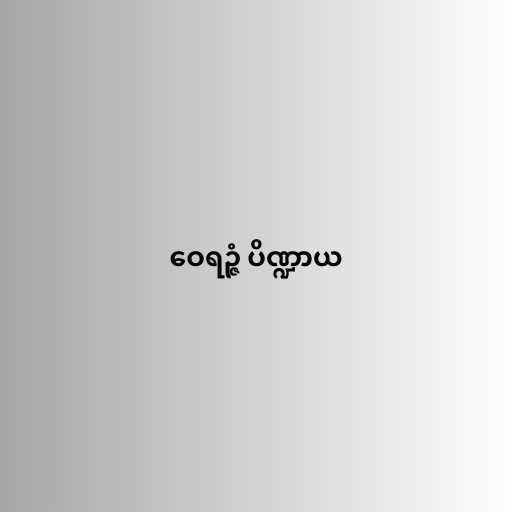
ဝေရဉ္ဇံ ပိဏ္ဍာယ